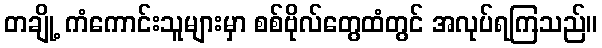
တချို့ ကံကောင်းသူများမှာ စစ်ဗိုလ်တွေထံတွင် အလုပ်ရကြသည်။